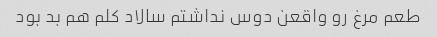
طعم مرغ رو واقعن دوس نداشتم سالاد کلم هم بد بود